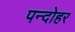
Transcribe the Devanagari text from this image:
पन्दोहर